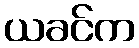
ယခင်က